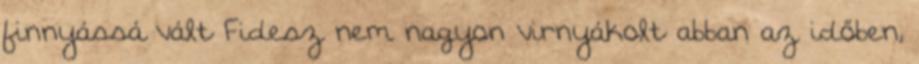
finnyássá vált Fidesz nem nagyon virnyákolt abban az időben,